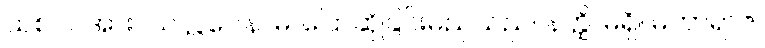
သစ်ပင်အား။ သလ္လပေါနာမ၊ ပြောဆိုခြင်းမည်သည်။ နတ္ထိ၊ မရှိ။ မဟာရာဇ၊